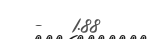
-   1.88